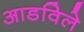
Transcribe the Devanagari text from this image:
आडविले